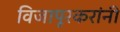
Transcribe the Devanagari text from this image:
विजापूरकरांनी